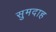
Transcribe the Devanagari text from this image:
सुमदाह